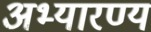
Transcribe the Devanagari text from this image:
अभ्यारण्य